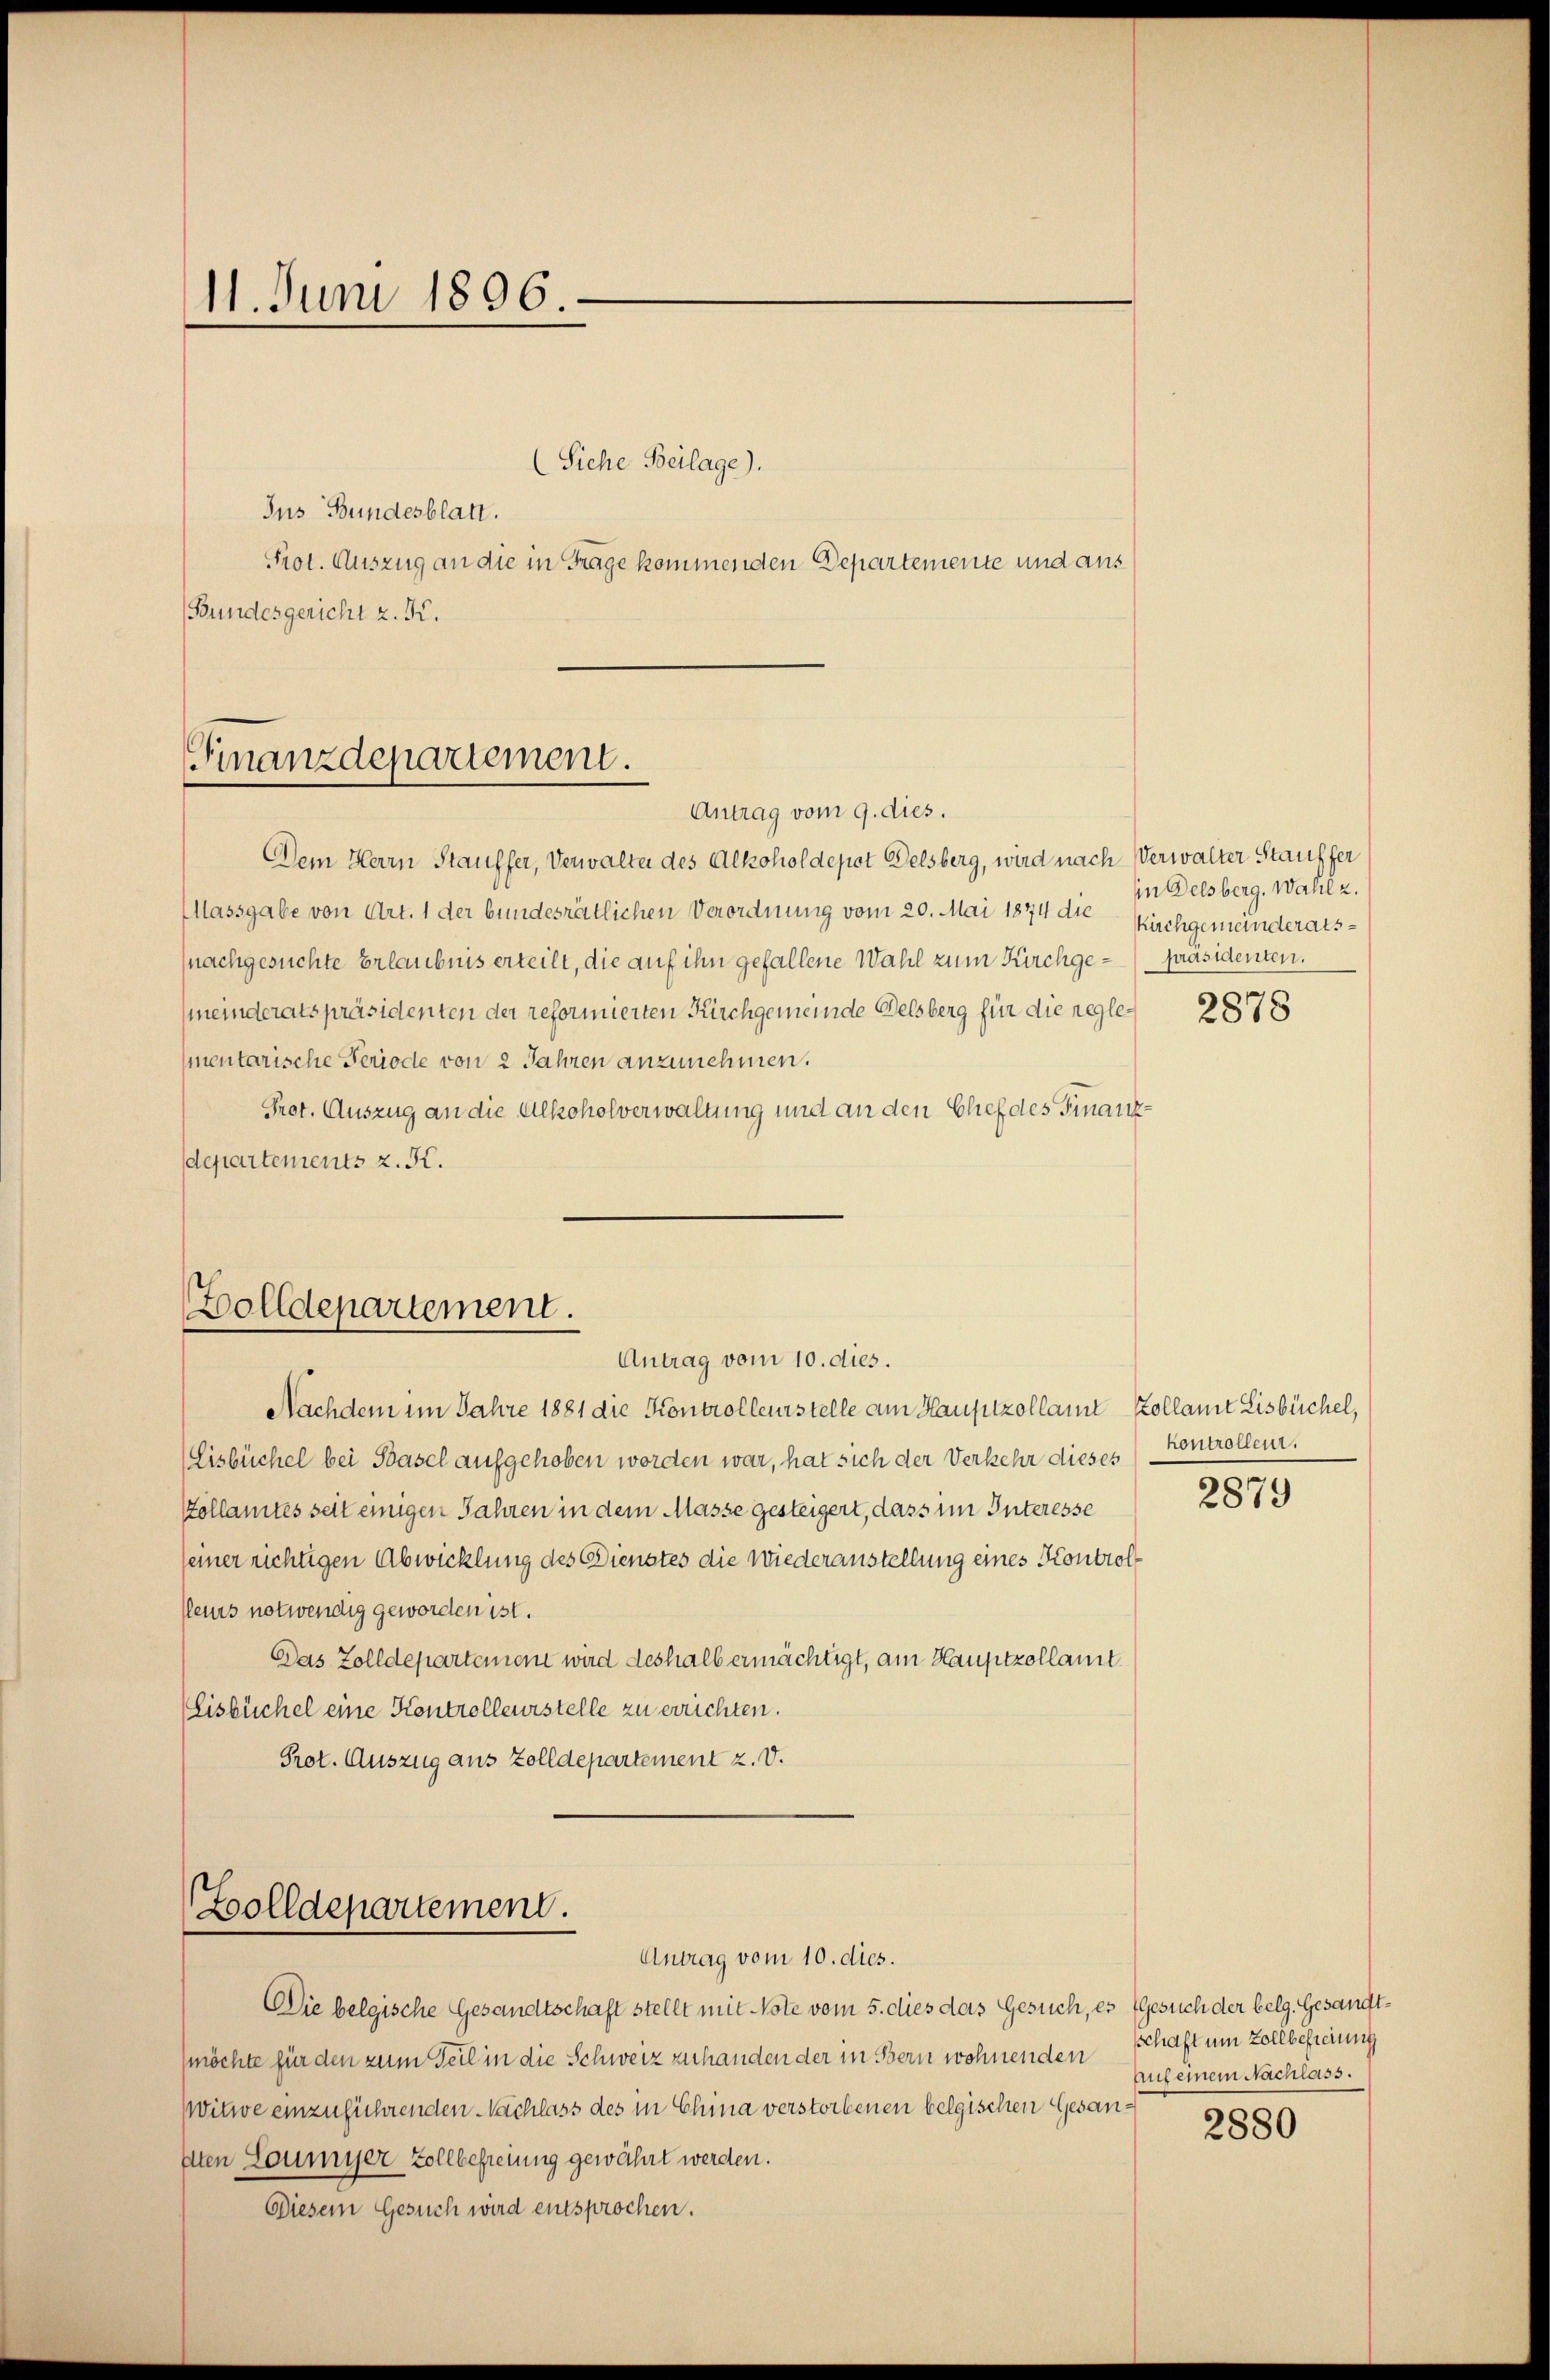
11. Juni 1896.

(Siehe Beilage).
Jus Bundesblatt.
Prot. Auszug an die in Frage kommenden Departemente und aus
(Bundesgericht z. K.

Finanzdepartement.
Antrag vom 9. dies.

Zolldepartement.
Antrag vom 10. dies.

Dem Herrn Stauffer, Verwalter des Alkoholdepot Delsberg, wird nach Verwalter Stauffer
Massgabe von Art. 1 der bundesrätlichen Verordnung vom 20. Mai 1874 die
(nachgesuchte Erlaubnis erteilt, die auf ihn gefallene Wahl zum Kirchge- präsidenten.
(meinderatspräsidenten der reformierten Kirchgemeinde Belsberg für die reglementarische Periode von 2 Jahren anzunehmen.
Pret. Auszug an die Alkoholverwaltung und an den blief des Finanzdepartements z. K.

Zolldepartement.
Antrag vom 10. dies.

Nachdem im Jahre 1881 die Kontrolleurstelle am Hauptzollamt Kollamt Lisbüchel,
Eisbüchel bei Basel aufgehoben worden war, hat sich der Verkehr dieses
Zollamtes seit einigen Jahren in dem Masse gesteigert, dass im Interesse
seiner richtigen Abwicklung des Dienstes die Wiederanstellung eines Kontrolleurs notwendig geworden ist.
Das Zolldepartement wird deshalb ermächtigt, am Hauptzollamt
Eisbüchel eine Kontrolleurstelle zu errichten.
Prot. Auszug aus Zolldepartement z. v.

Die belgische Gesandtschaft stellt mit Vote vom 5. dies das Gesuch, es (Gesuch der belg. Gesandt¬
(möchte für den zum Teil in die Schweiz zuhanden der in Bern wohnenden
Witwe einzuführenden Nachlass des in China verstorbenen belgischen Gesandten Soumier Zollbefreiung gewährt werden.
Ddiesem Gesuch wird entsprochen.

in Delsberg, Wahl u.
Kuchgemeinderats¬

2878

kontrollen.
2879

schaft um Zollbefreinig
auf einem Nachlass.

2880